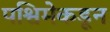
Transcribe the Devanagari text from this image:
पश्विमेकडून